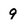
Character: 9